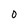
Character: 0